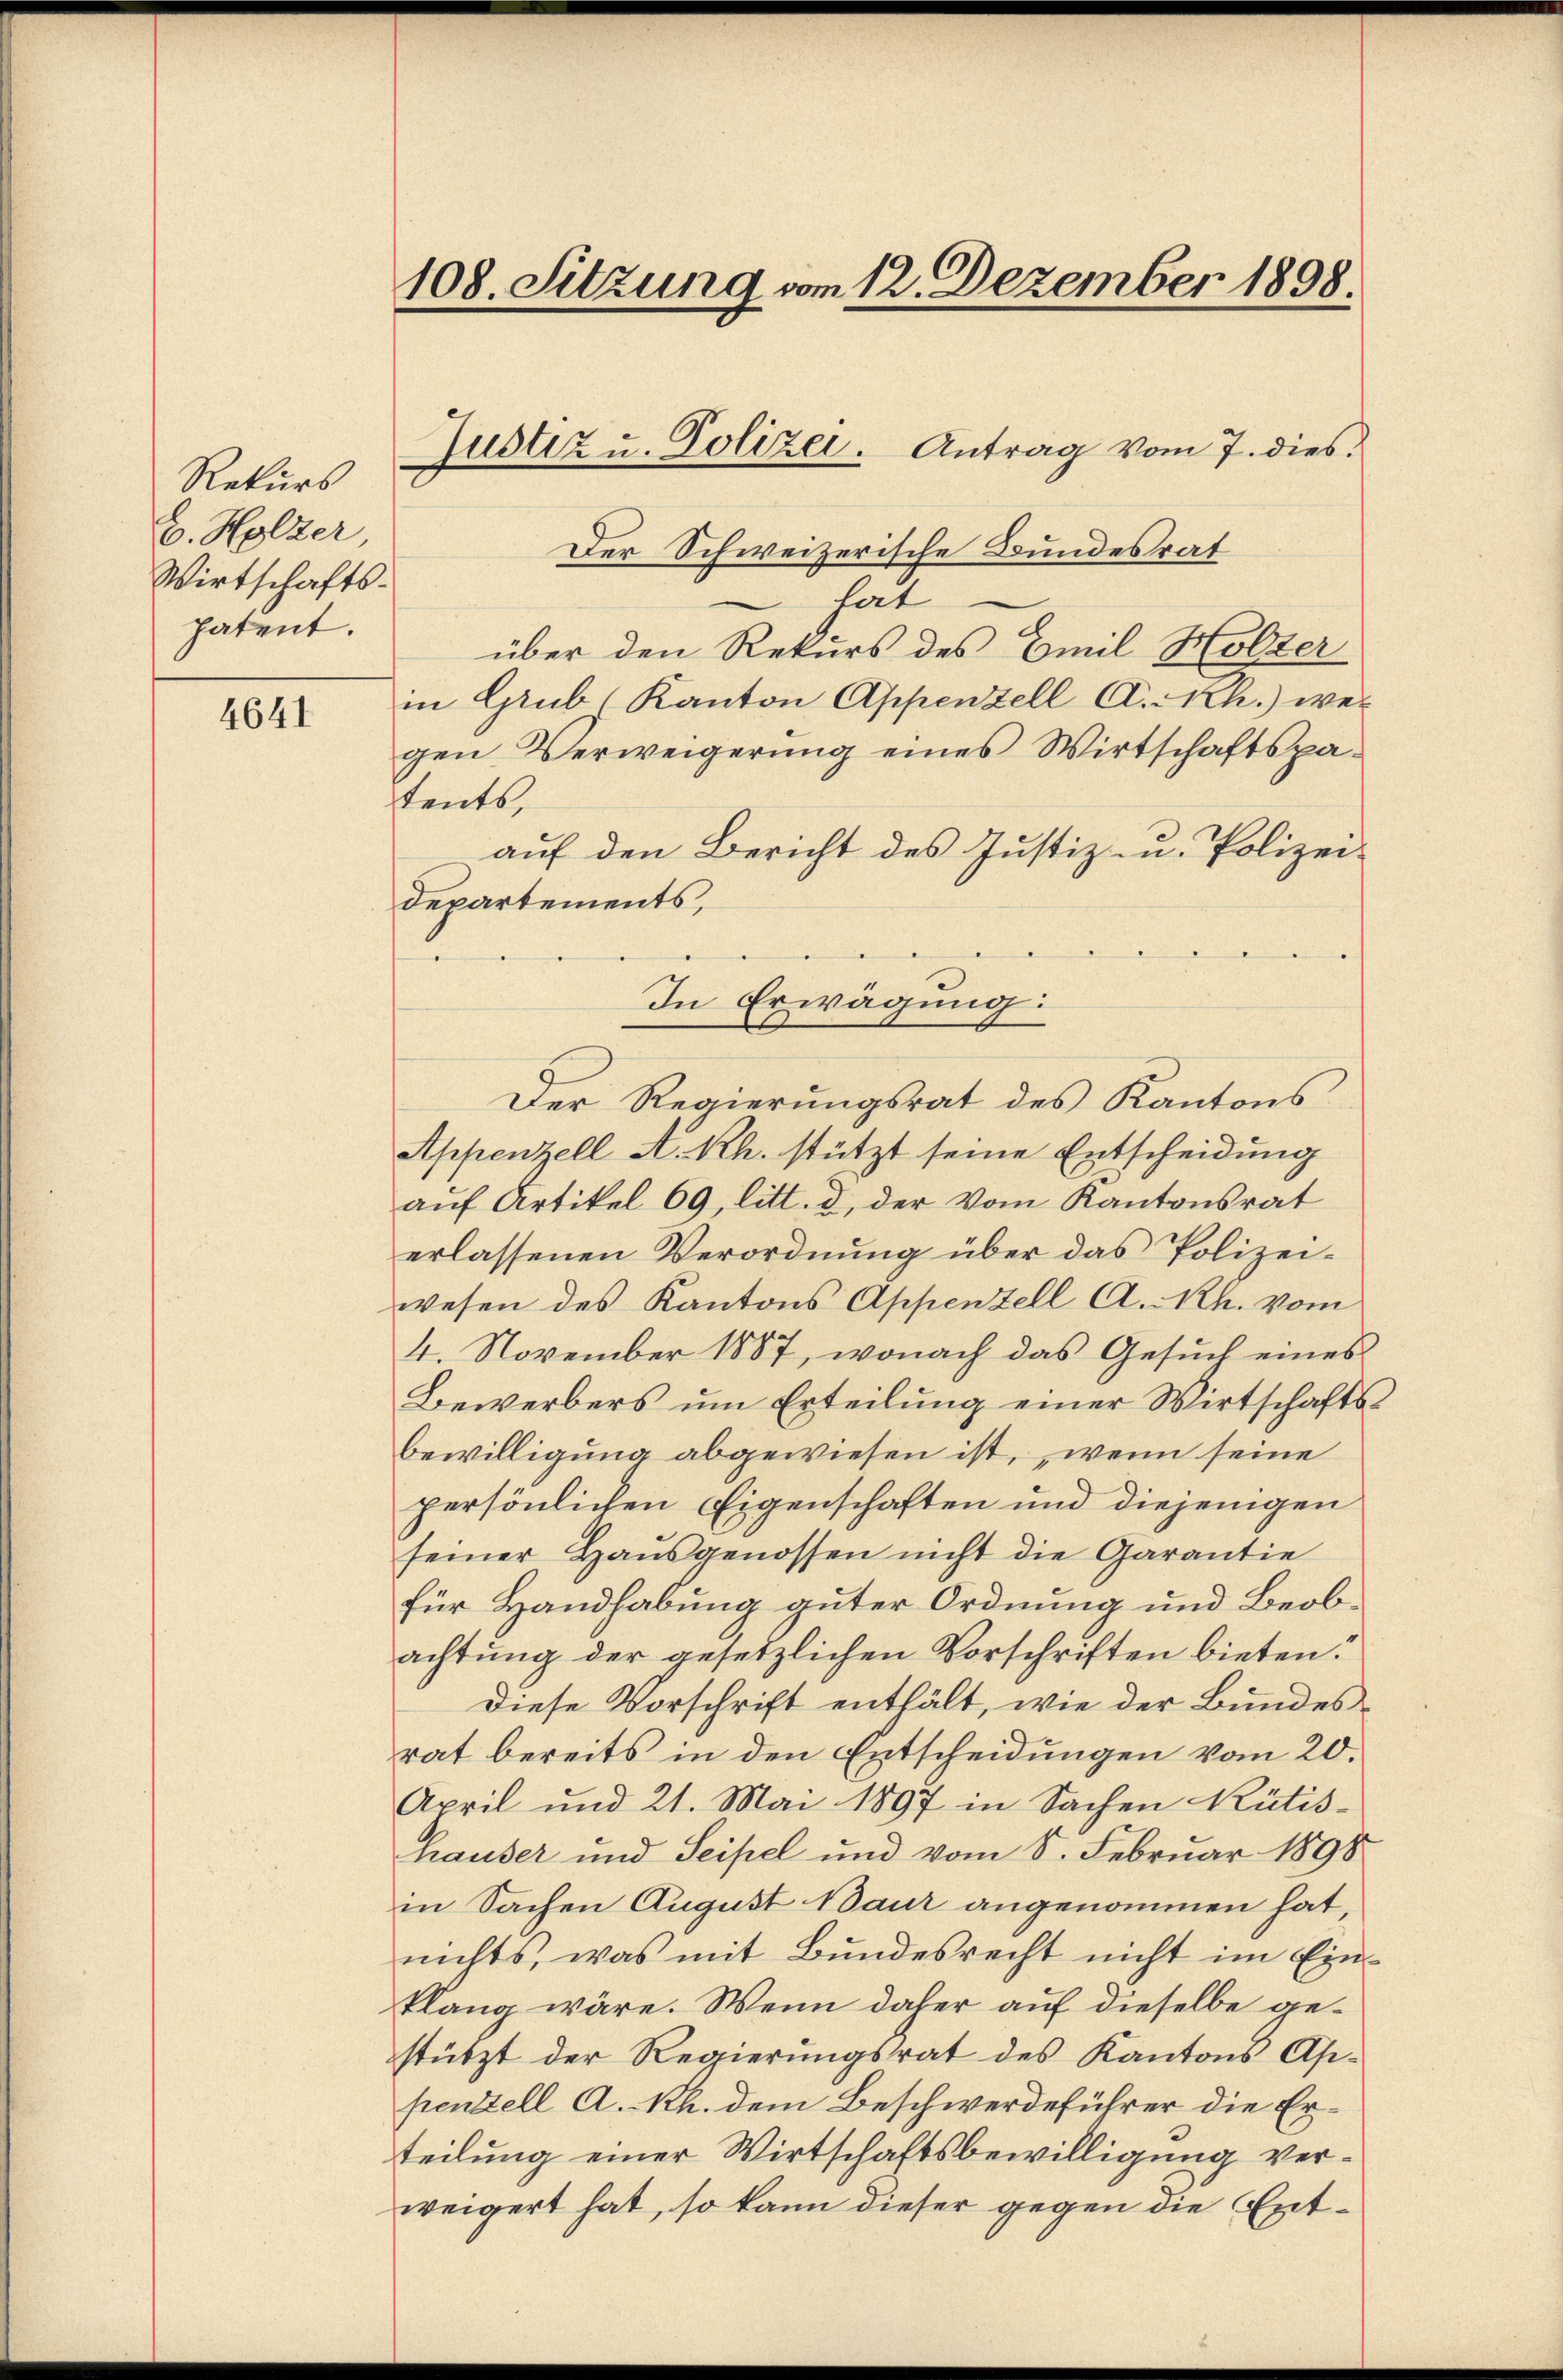
Rekurs
b. Holzer
Wirtschaftspatent.

4641

108. Sitzung vom 12. Dezember 1898.

Justiz u. Polizei. Antrag vom 7. dies

Der Schweizerische Bundesrat
hat
über den Rekurs des Emil Holzer
in Grub (Kanton Appenzell A.-Rh.) we
gen Verweigerung eines Wirtschaftspa-
tents,
auf den Bericht des Justiz- u. Polizeidepartements,
Der Regierungsrat des Kantons¬
Appenzell A. Rh. stützt seine Entscheidung
auf Artikel 69, litt. d, der vom Kantonsrat
erlassenen Verordnung über das Polizeiwesen des Kantons Appenzell A.-Rh. vom
4. November 1887, wonach das Gesuch eines
Bewerbers um Erteilung einer Wirtschaftsbewilligung abgewiesen ist, wenn seine
persönlichen Eigenschaften und diejenigen
seiner Hausgenossen nicht die Garantie
für Handhabung guter Ordnung und Beobachtung der gesetzlichen Vorschriften bieten.
Diese Vorschrift enthält, wie der Bundesrat bereits in den Entscheidungen vom 20.
April und 21. Mai 1897 in Sachen Rütis-
hauser und Seifel und vom 8. Februar 1898
in Sachen August Baur angenommen hat,
nichts, was mit Bundesrecht nicht im Ein-
klang wäre. Wenn dabei auf dieselbe gestützt der Regierungsrat des Kantons Appentzell A. h. dem Beschwerdeführer die Erteilung einer Wirtschaftsbewilligung verweigert hat, so kann dieser gegen die Ent¬

In Erwägung: